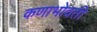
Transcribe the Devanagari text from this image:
कणाभोवती